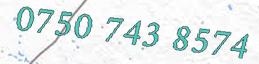
0750 743 8574